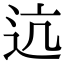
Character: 迒